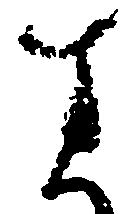
す